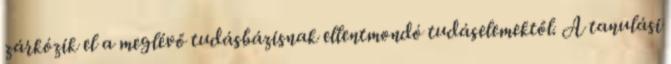
zárkózik el a meglévő tudásbázisnak ellentmondó tudáselemektől. A tanulási